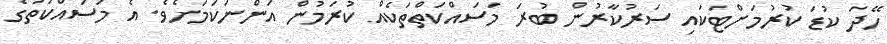
ހޭދަ ކުޑަ ކުރުމަށްޓަކައި ސަރުކާރުން ބުރަ މަސައްކަތްތަކެއް ކުރަމުން އަންނަކަމަށެވެ. އެ މަސައްކަތުގެ